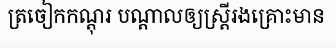
ត្រចៀកកណ្តុរ បណ្តាលឲ្យស្ត្រីរងគ្រោះមាន